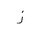
Letter: _zay